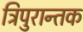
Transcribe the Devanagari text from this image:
त्रिपुरान्तक